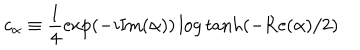
LaTeX: c _ { \alpha } \equiv \frac { 1 } { 4 } \exp ( - i \mathrm { I m } ( \alpha ) ) \log \tanh ( - \mathrm { R e } ( \alpha ) / 2 )